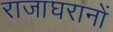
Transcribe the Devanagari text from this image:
राजाघरानों